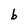
Character: b